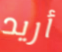
أريد